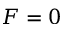
F = 0